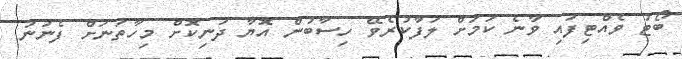
ބޯޓު ވެއްޓިފައި ވާނެ ކަމަށް ލަފާކުރެވޭ ހިސާބުން އޮޔާ ދަނިކޮށް މިހާތަނަށް ފެނުނު